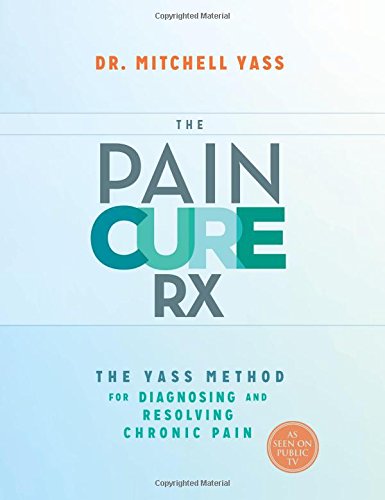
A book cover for The Pain Cure Rx: The Yass Method for Diagnosing and Resolving Chronic Pain; Mitchell Yass; Health, Fitness & Dieting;